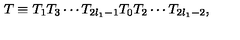
T \equiv T _ { 1 } T _ { 3 } \cdots T _ { 2 l _ { 1 } - 1 } T _ { 0 } T _ { 2 } \cdots T _ { 2 l _ { 1 } - 2 } ,